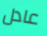
عادل